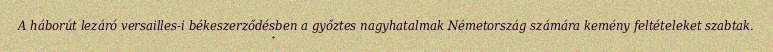
A háborút lezáró versailles-i békeszerződésben a győztes nagyhatalmak Németország számára kemény feltételeket szabtak.